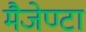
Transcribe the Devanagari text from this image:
मैजेण्टा